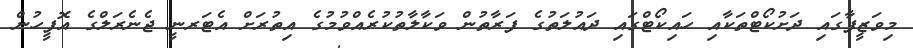
މިވަޒީފާގައި ދަށުކޯޓްތަކާއި ހައިކޯޓްގައި ދައުލަތުގެ ފަރާތުން ވަކާލާތުކުރެއްވުމުގެ އިތުރަށް އެޓަރނީ ޖެނެރަލްގެ އޮފީހުން